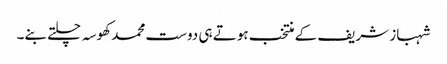
شہباز شریف کے منتخب ہوتے ہی دوست محمد کھوسہ چلتے بنے۔